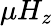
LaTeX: \mu H_{z}